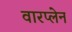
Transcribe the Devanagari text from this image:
वारप्लेन